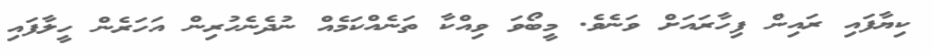
ކިޔާފައި ރައިން ފިހާރައަށް ވަނެވެ. މީބޯވަ ވިއްކާ ތަނެއްކަމެއް ނުދެނެހުރިން އަހަރެން ހީލާފައި